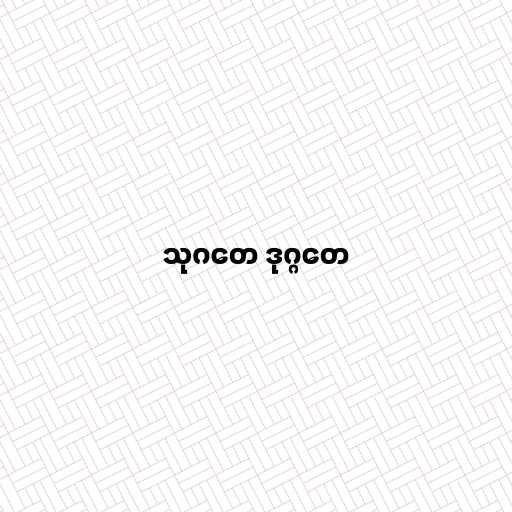
သုဂတေ ဒုဂ္ဂတေ